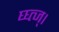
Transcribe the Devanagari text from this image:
घ्घ्त्ज्।